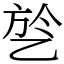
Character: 乻